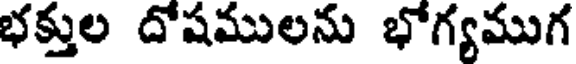
భక్తుల దోషములను భోగ్యముగ